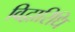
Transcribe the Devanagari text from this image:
विद्वारिधि